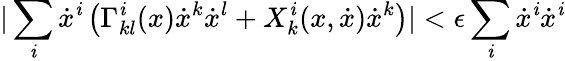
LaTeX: |\sum_{\mathit{i}}\dot{{x}}^{\mathit{i}}\left(\Gamma_{kl}^{\mathit{i}}(x)\dot{{x}}^{k}\dot{{x}}^{l}+X_{k}^{\mathit{i}}(x,\dot{{x}})\dot{{x}}^{k}\right)|<\epsilon\sum_{\mathit{i}}\dot{{x}}^{\mathit{i}}\dot{{x}}^{\mathit{i}}